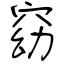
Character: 窈